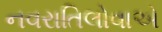
નવરાતિલોવાએ